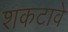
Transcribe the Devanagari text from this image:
शकटावे